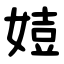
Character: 㛸